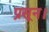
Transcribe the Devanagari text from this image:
प्रसून।